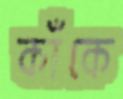
কাঁকে